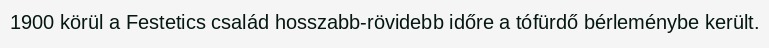
1900 körül a Festetics család hosszabb-rövidebb időre a tófürdő bérleménybe került.